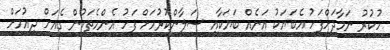
ހުކުރު ނަމާދަށްފަހު އެބަޔަކު އަނެއް ބަޔަކާއި ސަލާންކުރުމަށް ފަހު އެންމެތަކުން ގެއަށް ދިއުމަށް